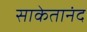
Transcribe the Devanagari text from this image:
साकेतानंद